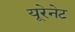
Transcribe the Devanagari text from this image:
यूरेनेट